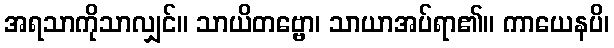
အရသာကိုသာလျှင်။ သာယိတဗ္ဗော၊ သာယာအပ်ရာ၏။ ကာယေနပိ၊